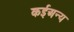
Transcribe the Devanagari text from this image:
कईअन्य